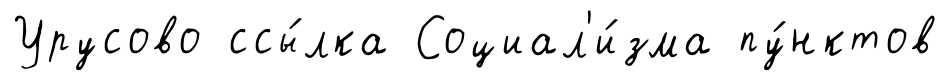
Урусово ссы́лка Социал'и́зма пу́нктов